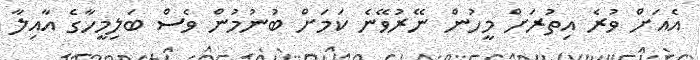
އެއަށް ވުރެ އިތުރަށް މީހުން ނޭރުވޭނެ ކަމަށް ބުނުމުން ވެސް ބަލިމީހާގެ އާއިލާ